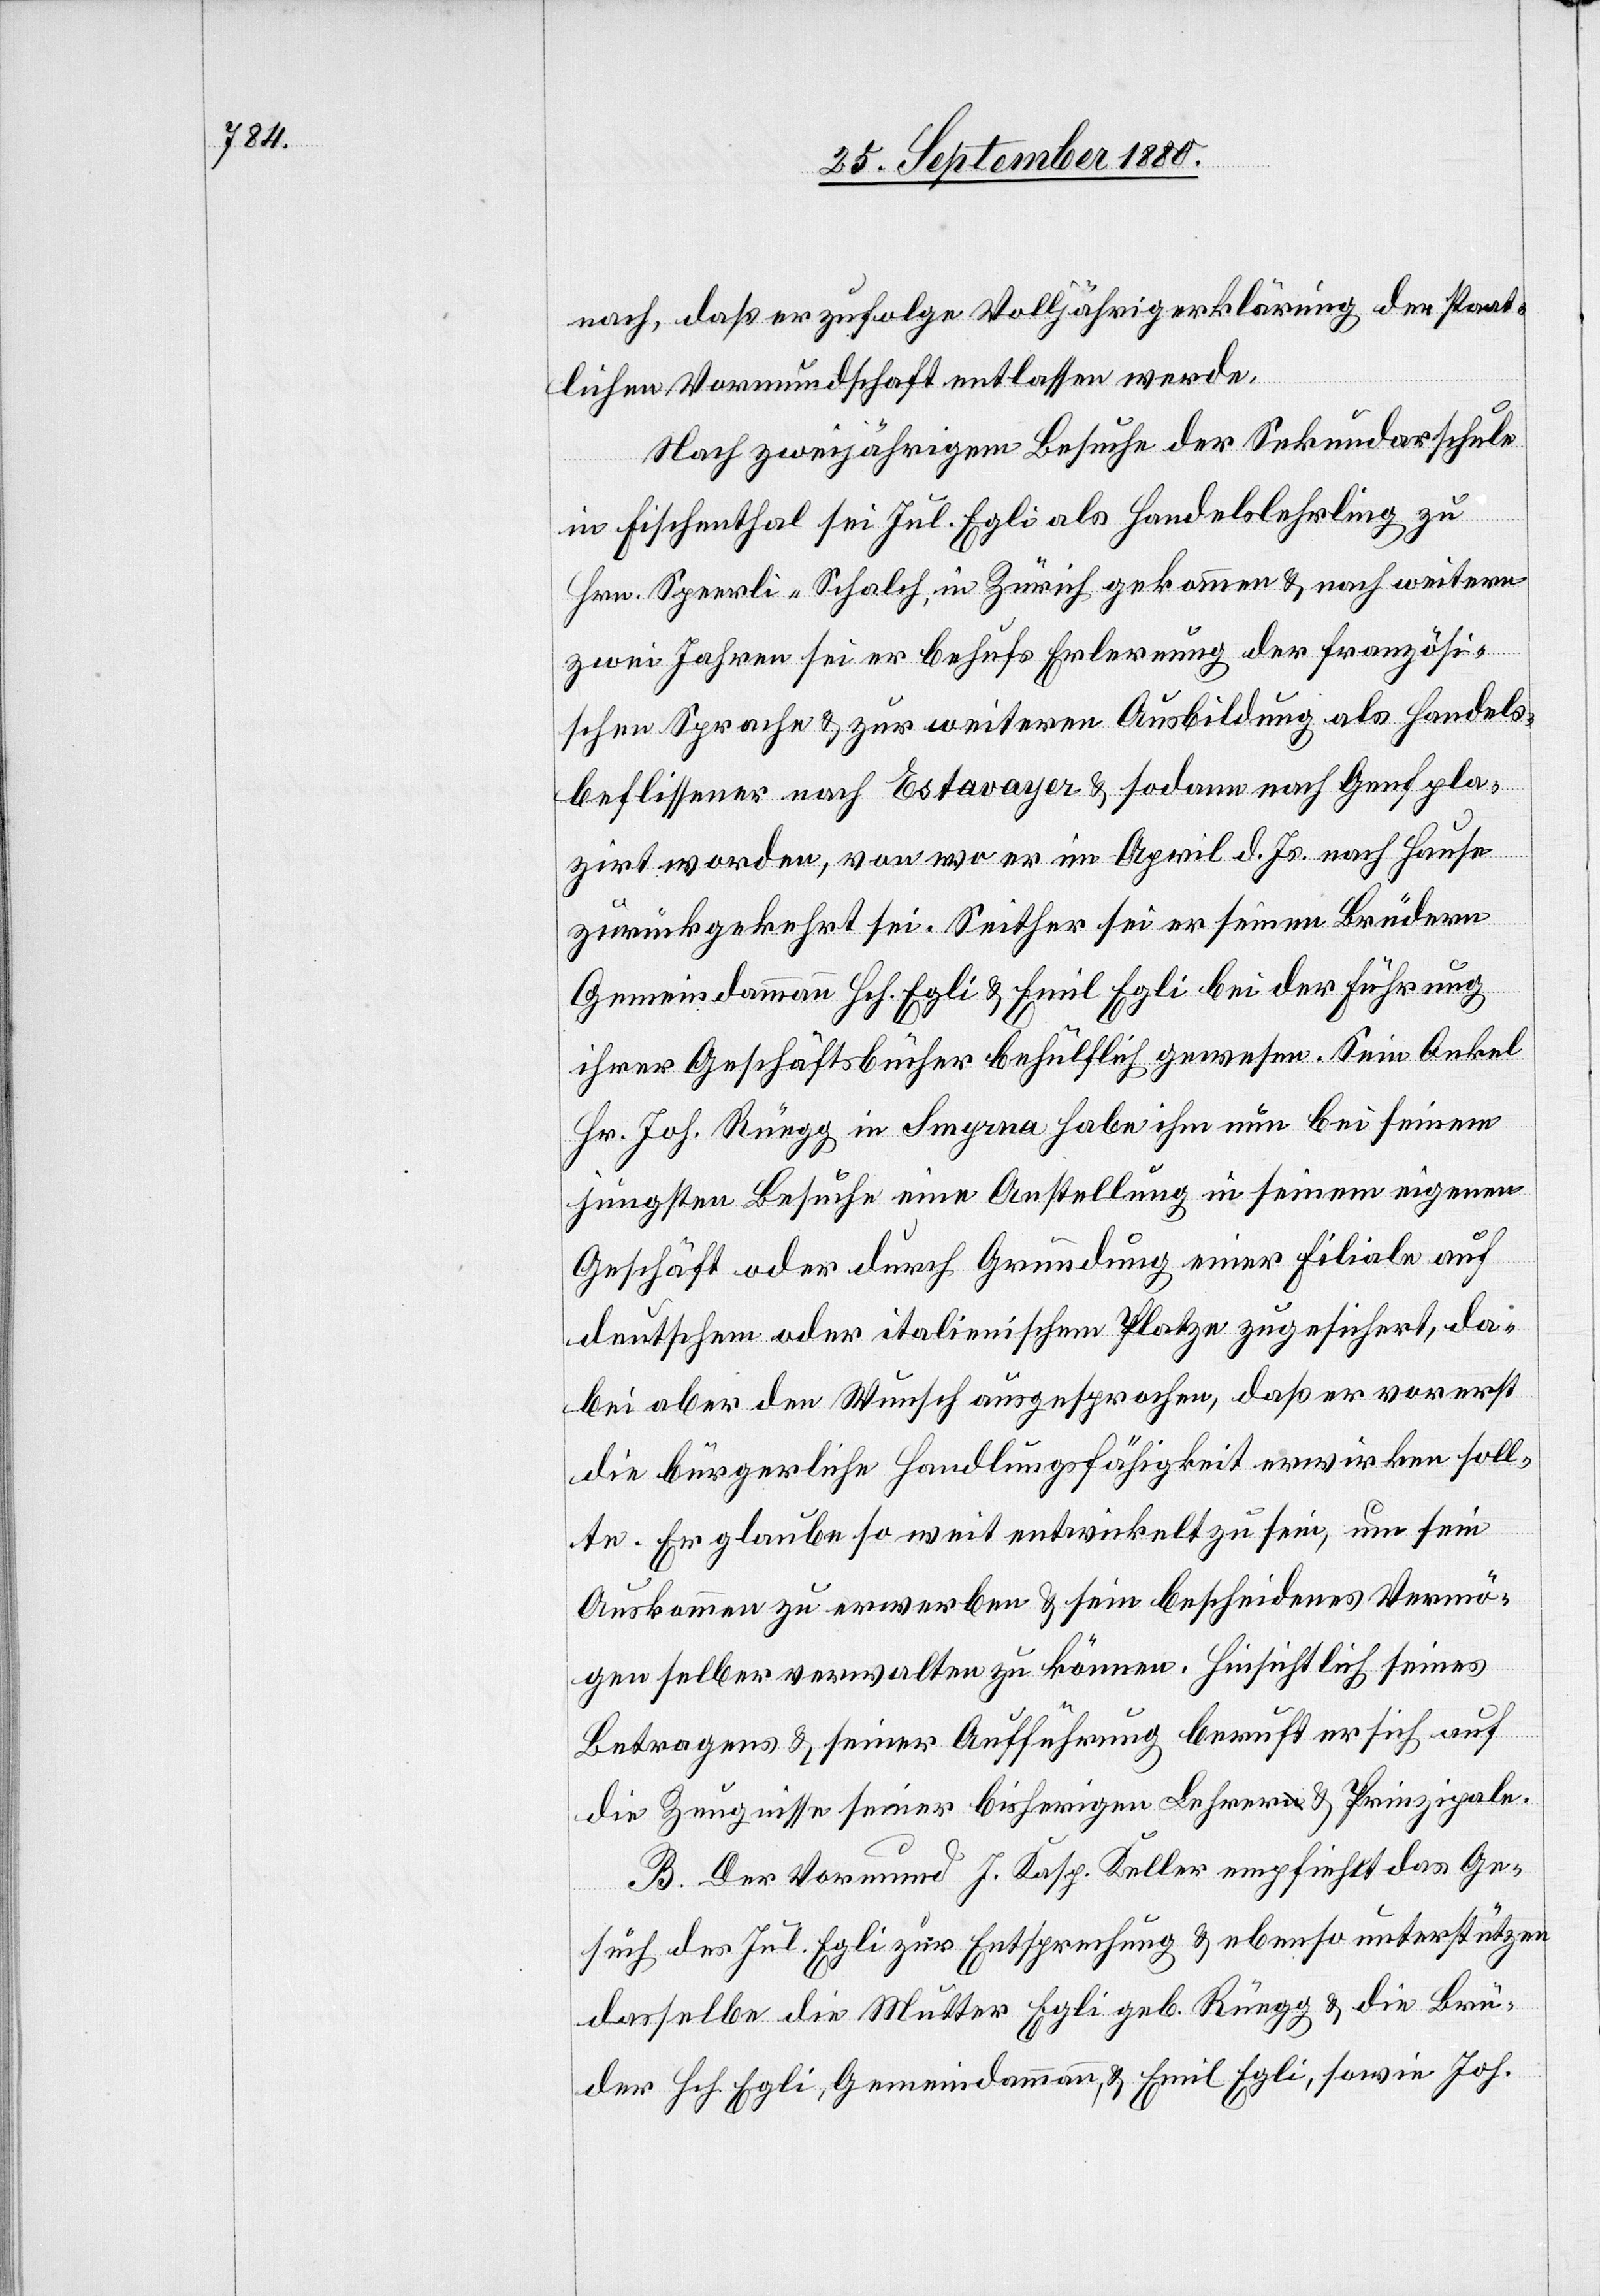
nach, daß er zufolge Volljährigerklärung der staat¬
lichen Vormundschaft entlassen werde.
Nach zweijährigem Besuche der Sekundarschule
in Fischenthal sei Jul. Egli als Handelslehrling zu
Hrn. Speerli-Schalch, in Zürich gekommen & nach weitern
zwei Jahren sei er behufs Erlernung der französi¬
schen Sprache & zur weiteren Ausbildung als Handels¬
beflissener nach Estavayer & sodann nach Genf pla¬
zirt worden, von wo er im April d. Js. nach Hause
zurückgekehrt sei. Seither sei er seinen Brüdern
Gemeindammann Hch. Egli & Emil Egli bei der Führung
ihrer Geschäftsbücher behilflich gewesen. Sein Onkel
Hr. Joh. Rüegg in Smyrna habe ihm nun bei seinem
jüngsten Besuche eine Anstellung in seinem eigenen
Geschäft oder durch Gründung einer Filiale auf
deutschem oder italienischem Platze zugesichert, da¬
bei aber den Wunsch ausgesprochen, daß er vorerst
die bürgerliche Handlungsfähigkeit erwirken soll¬
te. Er glaube so weit entwickelt zu sein, um sein
Auskommen zu erwerben & sein bescheidenes Vermö¬
gen selber verwalten zu können. Hinsichtlich seines
Betragens & seiner Aufführung beruft er sich auf
die Zeugnisse seiner bisherigen Lehrer & Prinzipale.
B. Der Vormund J. Kasp. Keller empfiehlt das Ge¬
such des Jul. Egli zur Entsprechung & ebenso unterstützen
dasselbe die Mutter Egli geb. Rüegg & die Brü¬
der Hch. Egli, Gemeindeammann, & Emil Egli, sowie Joh.